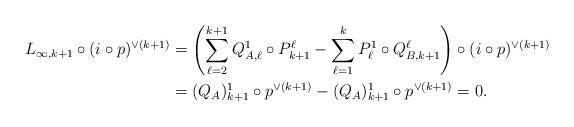
LaTeX: \begin{align*} L_{\infty,k+1} \circ (i\circ p)^{\vee (k+1)}& =\left(\sum_{\ell = 2}^{k+1} Q_{A,\ell}^1 \circ P^\ell_{k+1} - \sum_{\ell =1}^{k} P_\ell^1 \circ Q^\ell_{B,k+1}\right) \circ (i\circ p)^{\vee (k+1)} \\& =(Q_A)^1_{k+1} \circ p^{\vee (k+1)} - (Q_A)^1_{k+1}\circ p^{\vee(k+1)}=0.\end{align*}